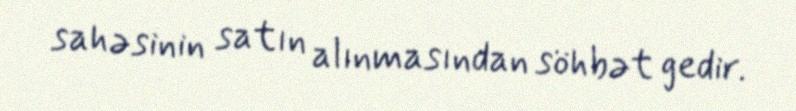
sahəsinin satın alınmasından söhbət gedir.